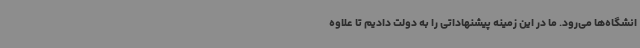
انشگاه‌ها می‌رود. ما در این زمینه پیشنهاداتی را به دولت دادیم تا علاوه